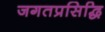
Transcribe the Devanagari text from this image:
जगतप्रसिद्धि